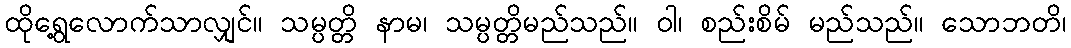
ထိုရွေ့လောက်သာလျှင်။ သမ္ပတ္တိ နာမ၊ သမ္ပတ္တိမည်သည်။ ဝါ၊ စည်းစိမ် မည်သည်။ သောဘတိ၊